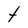
Character: t